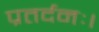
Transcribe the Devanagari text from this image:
प्रतर्दनः।